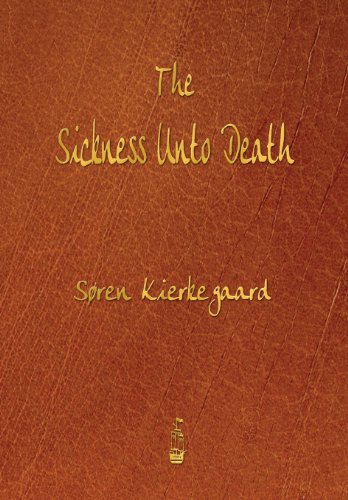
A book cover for The Sickness Unto Death; Soren Kierkegaard; Christian Books & Bibles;